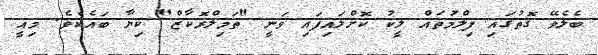
ބެލެވޭ ގޮތުގައި ފިލްމުތައް ލީކު ކޮށްލައިފައި ވަނީ "ތަމިލްރޮކާޒް" ކިޔާ ބައެކެވެ. މިއީ